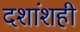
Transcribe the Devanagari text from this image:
दशांशही